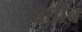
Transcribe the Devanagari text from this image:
उन्नतीचं